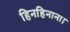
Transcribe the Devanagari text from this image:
हिनहिनाना।